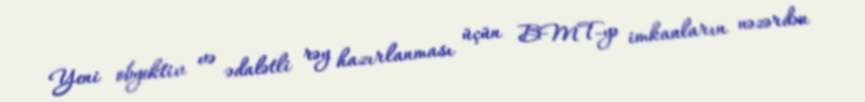
Yeni obyektiv və ədalətli rəy hazırlanması üçün BMT-yə imkanların nəzərdən